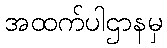
အထက်ပါဌာနမှ